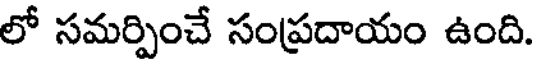
లో సమర్పించే సంప్రదాయం ఉంది.